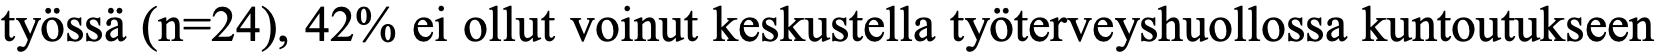
työssä (n=24), 42% ei ollut voinut keskustella työterveyshuollossa kuntoutukseen